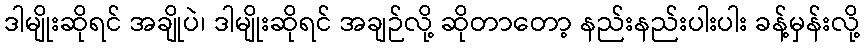
ဒါမျိုးဆိုရင် အချိုပဲ၊ ဒါမျိုးဆိုရင် အချဉ်လို့ ဆိုတာတော့ နည်းနည်းပါးပါး ခန့်မှန်းလို့